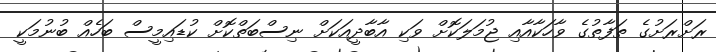
ރަށްރަށުގެ ތަފާތުގެ ވާހަކާއާއި ޖުމަލަކޮށް ވަކި އާބާދީއަކަށް ނިސްބަތްކޮށް ކުޑައިމީސް ބަހެއް ބުނުމަކީ